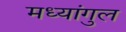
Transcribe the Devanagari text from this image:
मध्यांगुल